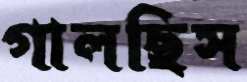
গালছিস